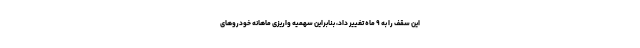
این سقف را به ۹ ماه تغییر داد، بنابراین سهمیه واریزی ماهانه خودروهای